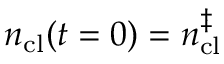
n _ { \mathrm { c l } } ( t = 0 ) = n _ { \mathrm { c l } } ^ { \ddagger }